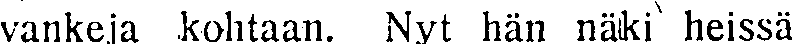
vankeja kohtaan. Nyt hän näki heissä